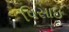
પિસાઇ